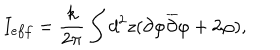
I _ { e f f } = \frac { k } { 2 \pi } \int d ^ { 2 } z ( \partial \varphi \overline { { { \partial } } } \varphi + 2 \varphi ) ,